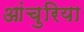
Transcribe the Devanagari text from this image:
आंचुरिया